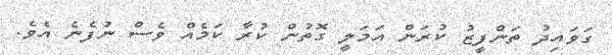
ގަވައިދު ތަންފީޒު ކުރަން އަމަލީ ގޮތުން ކުރާ ކަމެއް ވެސް ނުފެނެ އެވެ.